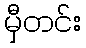
မှီတင်း